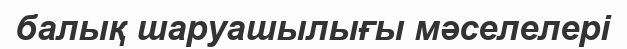
балық шаруашылығы мәселелері